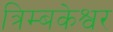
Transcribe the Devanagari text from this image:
त्रिम्बकेश्वर